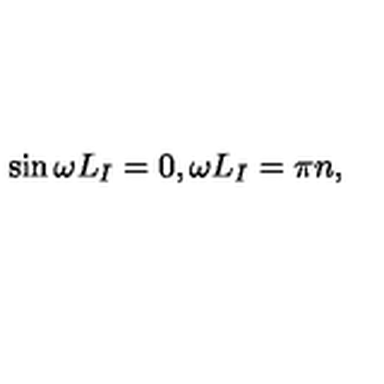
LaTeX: \sin \omega L _ { I } = 0 , \omega L _ { I } = \pi n ,